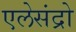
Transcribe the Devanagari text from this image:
एलेसंद्रो